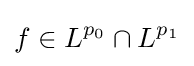
f\in L^{p_{0}}\cap L^{p_{1}}